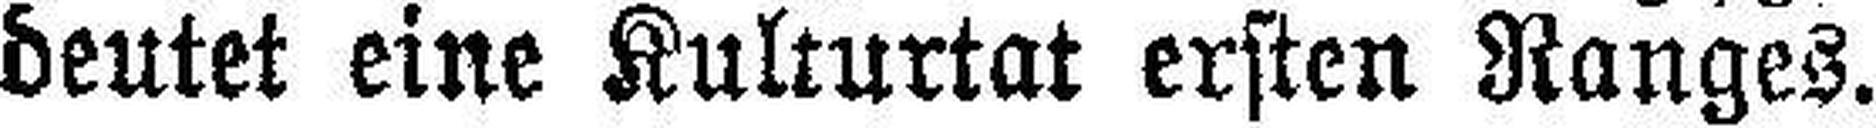
deutet eine Kulturtat ersten Ranges.